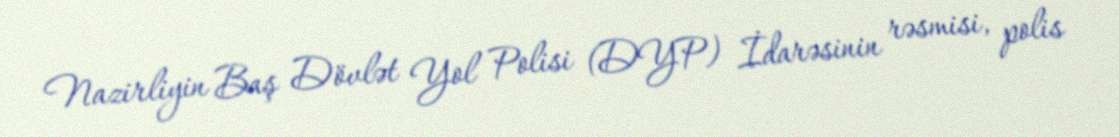
Nazirliyin Baş Dövlət Yol Polisi (DYP) İdarəsinin rəsmisi, polis